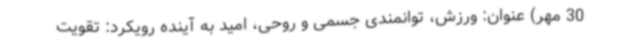
30 مهر) عنوان: ورزش، توانمندی جسمی و روحی، امید به آینده رویکرد: تقویت